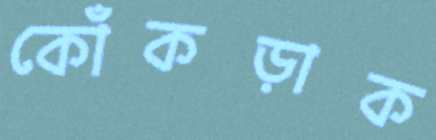
কোঁকড়াক